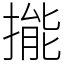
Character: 㨢